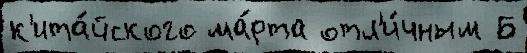
к'ита́йского ма́рта отл'и́чным Б